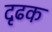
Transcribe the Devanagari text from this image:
दृढक